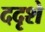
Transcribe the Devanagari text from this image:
ददृशे